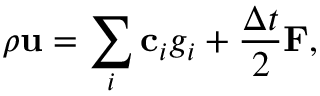
\rho \mathbf { u } = \sum _ { i } \mathbf { c } _ { i } g _ { i } + \frac { \Delta t } { 2 } \mathbf { F } ,